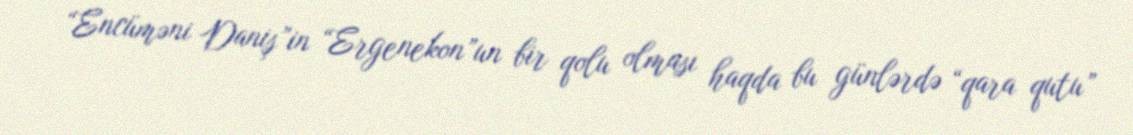
“Encüməni Daniş”in “Ergenekon”un bir qolu olması haqda bu günlərdə “qara qutu”